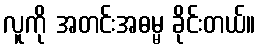
လူကို အတင်းအဓမ္မ ခိုင်းတယ်။